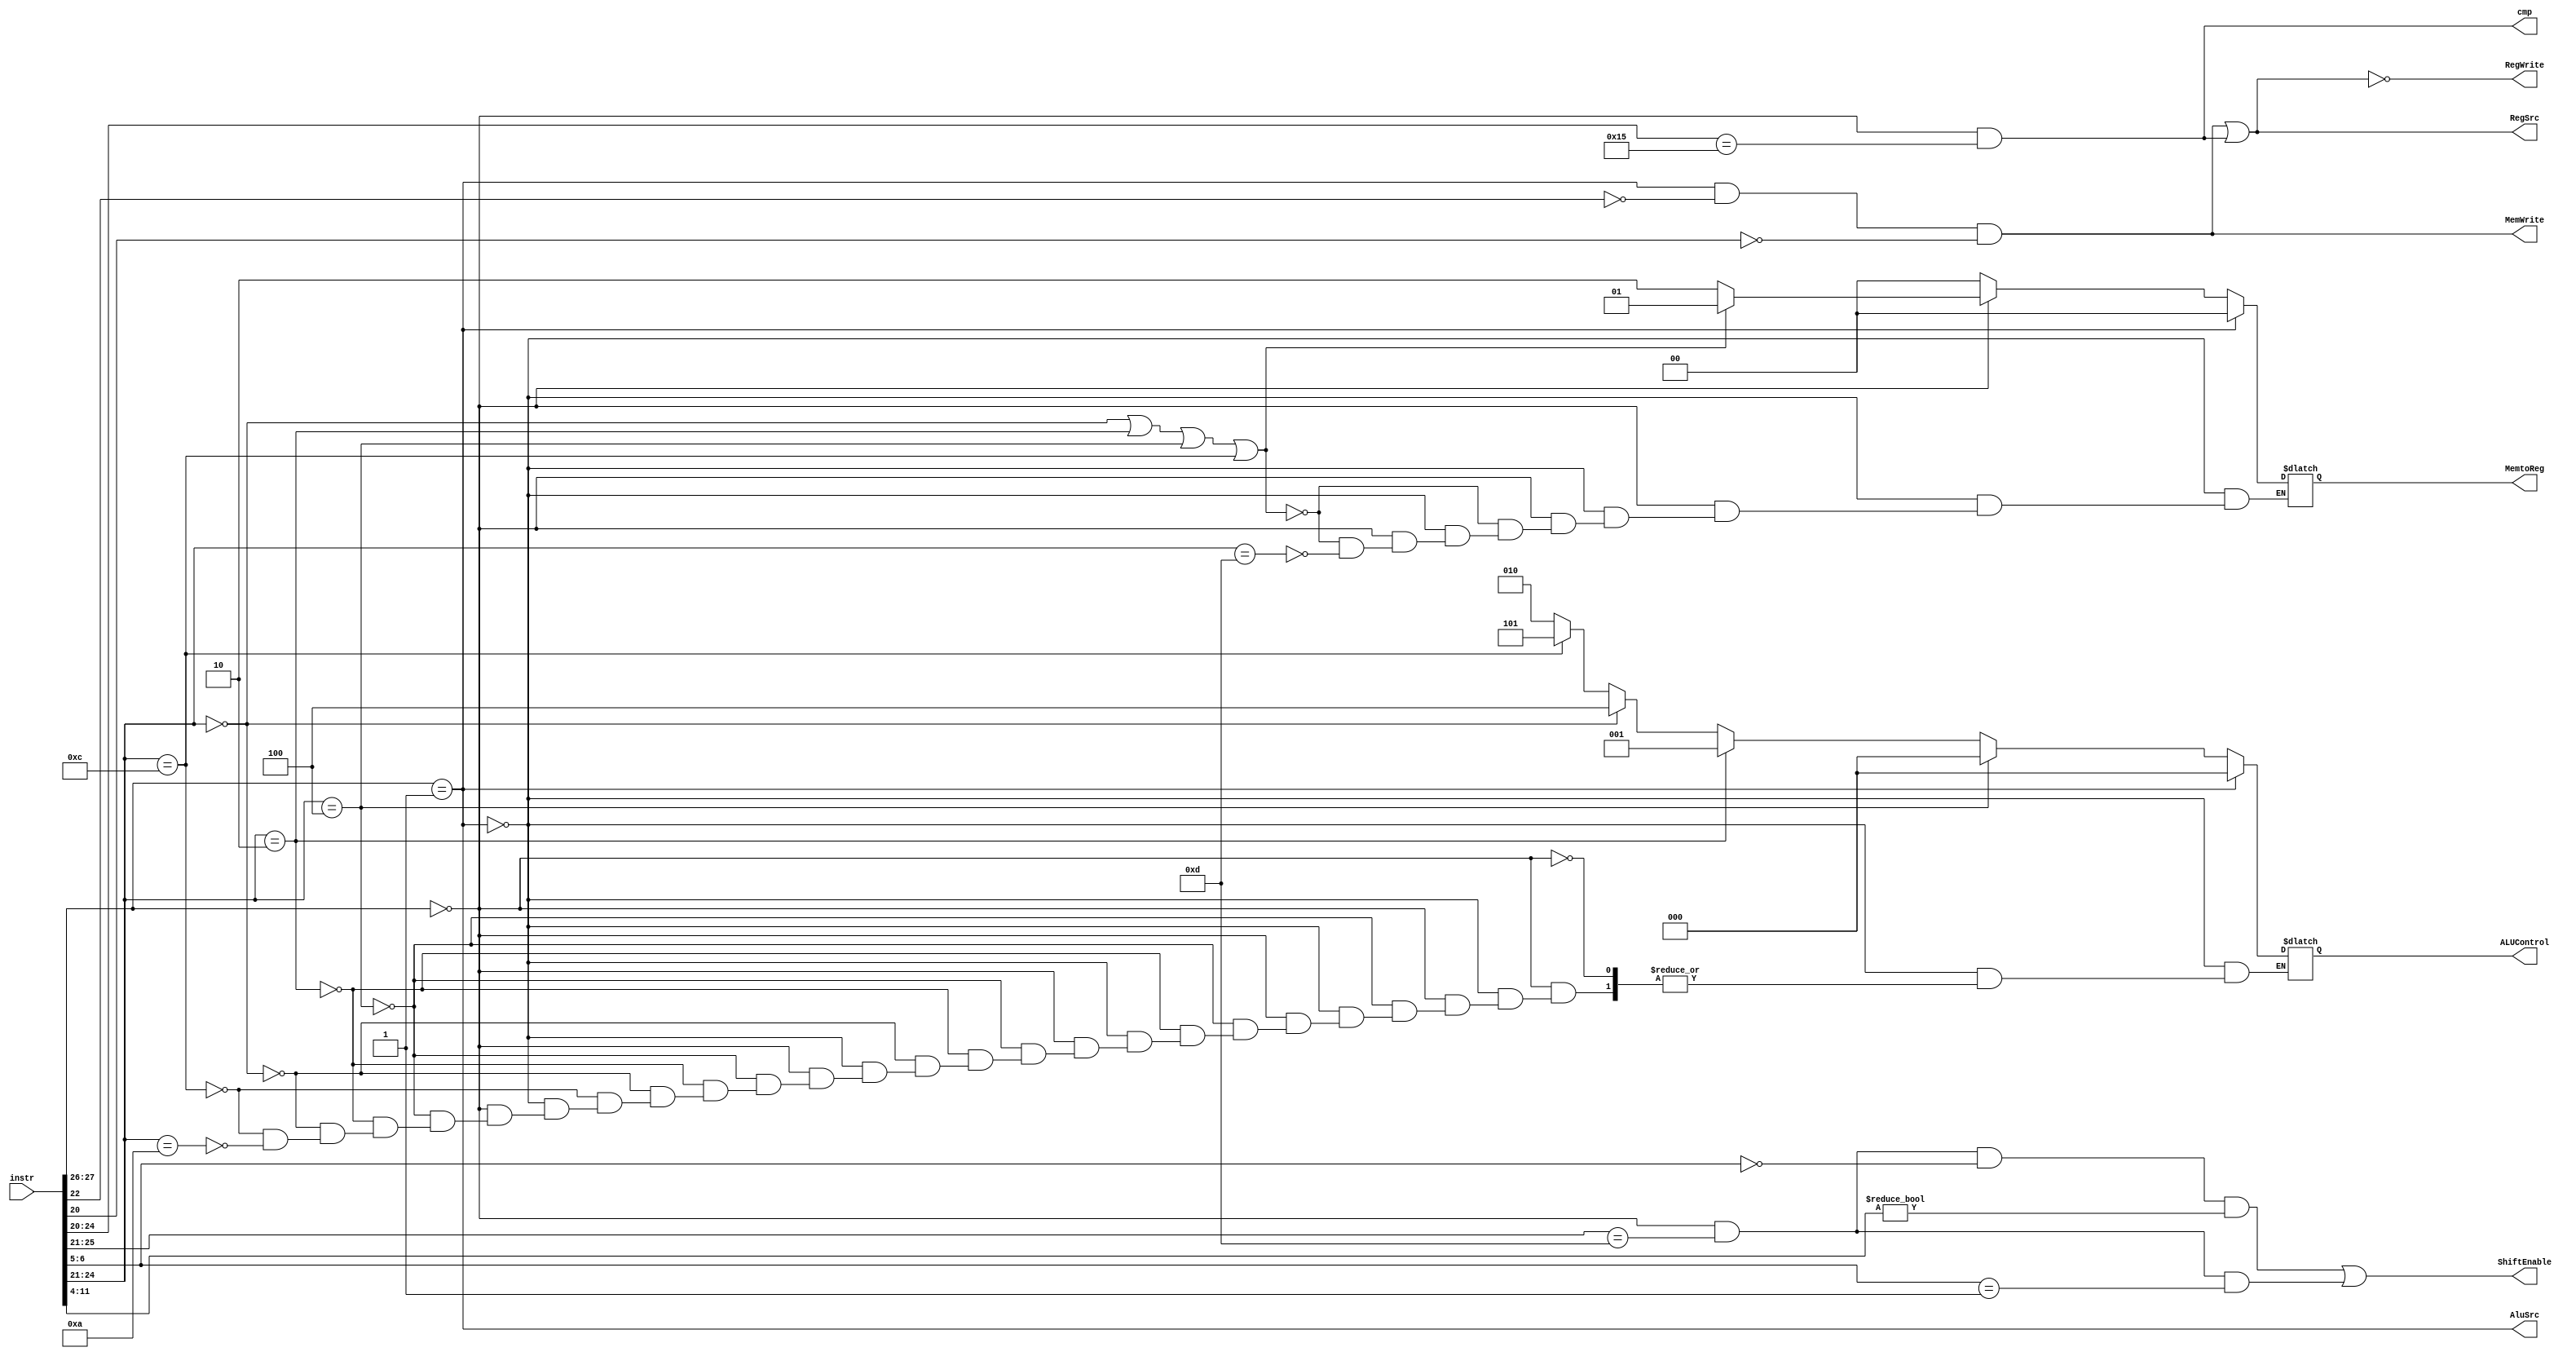
module controller (instr,RegSrc,RegWrite,ALUControl,AluSrc,ShiftEnable,MemWrite,MemtoReg,cmp);

// declarations of inputs and output control signals
input[31:0] instr; // 32-bit instruction
// control signals to datapath
output RegSrc,RegWrite,AluSrc,ShiftEnable,MemWrite,cmp;
output reg [1:0] MemtoReg;
output reg [2:0] ALUControl;

// The assumptions are made by looking to the truth tabel in the report

// RegSrc is 1 for STR and CMP
assign RegSrc = (instr[27:26] == 2'b01 && instr[22] == 0 && instr[20] == 0) || (instr[27:26] == 2'b00 && instr[24:20] == 5'b10101);

// RegWrite is 0 for STR and CMP
assign RegWrite = ~RegSrc;

// ALUSource is 1 for memory instructions 
assign AluSrc = (instr[27:26] == 2'b01);

// ShiftEnable is 1 for LSL and LSR
assign ShiftEnable = (instr[27:26] == 2'b00 && instr[25:21] == 5'b01101 && instr[6:5] == 2'b00 && instr[11:4] != 0) 
								|| (instr[27:26] == 2'b00 && instr[25:21] == 5'b01101 && instr[6:5] == 2'b01) ;
								
// MemWrite is 1 for STR
assign MemWrite = (instr[27:26] == 2'b01 && instr[22] == 0 && instr[20] == 0);

// cmp is 1 for CMP
assign cmp = (instr[27:26] == 2'b00 && instr[24:20] == 5'b10101);


//MemtoReg
// 00 for Memory Instructions
// 01 for ADD,SUB,AND,ORR
// 10 for LSL,LSR
always@(*) begin 
	if(instr[27:26] == 2'b01) MemtoReg = 0; // memory
	else if(instr[27:26] == 2'b00) begin // data
		if(instr[24:21] == 4'b0000 || instr[24:21] == 4'b0010 || instr[24:21] == 4'b0100 || instr[24:21] == 4'b1100)
			MemtoReg = 2'b01;
		else if(instr[24:21] == 4'b1101)
			MemtoReg = 2'b10;
	end
	else MemtoReg = 0;
end

//ALUControl
// 000 for LDR,STR,ADD
// 001 for SUB
// 100 for AND
// 101 for ORR
// 010 for CMP
always@(instr) begin
	if(instr[27:26] == 2'b01) ALUControl = 3'b000; // memory
	else if(instr[27:26] == 2'b00) begin  // data
		if(instr[24:21] == 4'b0100) ALUControl = 3'b000; // add
		else if(instr[24:21] == 4'b0010) ALUControl = 3'b001; // sub
		else if(instr[24:21] == 4'b0000) ALUControl = 3'b100; // and
		else if(instr[24:21] == 4'b1100) ALUControl = 3'b101; // orr
		else if(instr[24:21] == 4'b1010) ALUControl = 3'b010; // cmp
	end
end								
endmodule